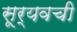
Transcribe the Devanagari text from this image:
सूर्यवची